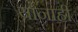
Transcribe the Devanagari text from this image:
यानाही